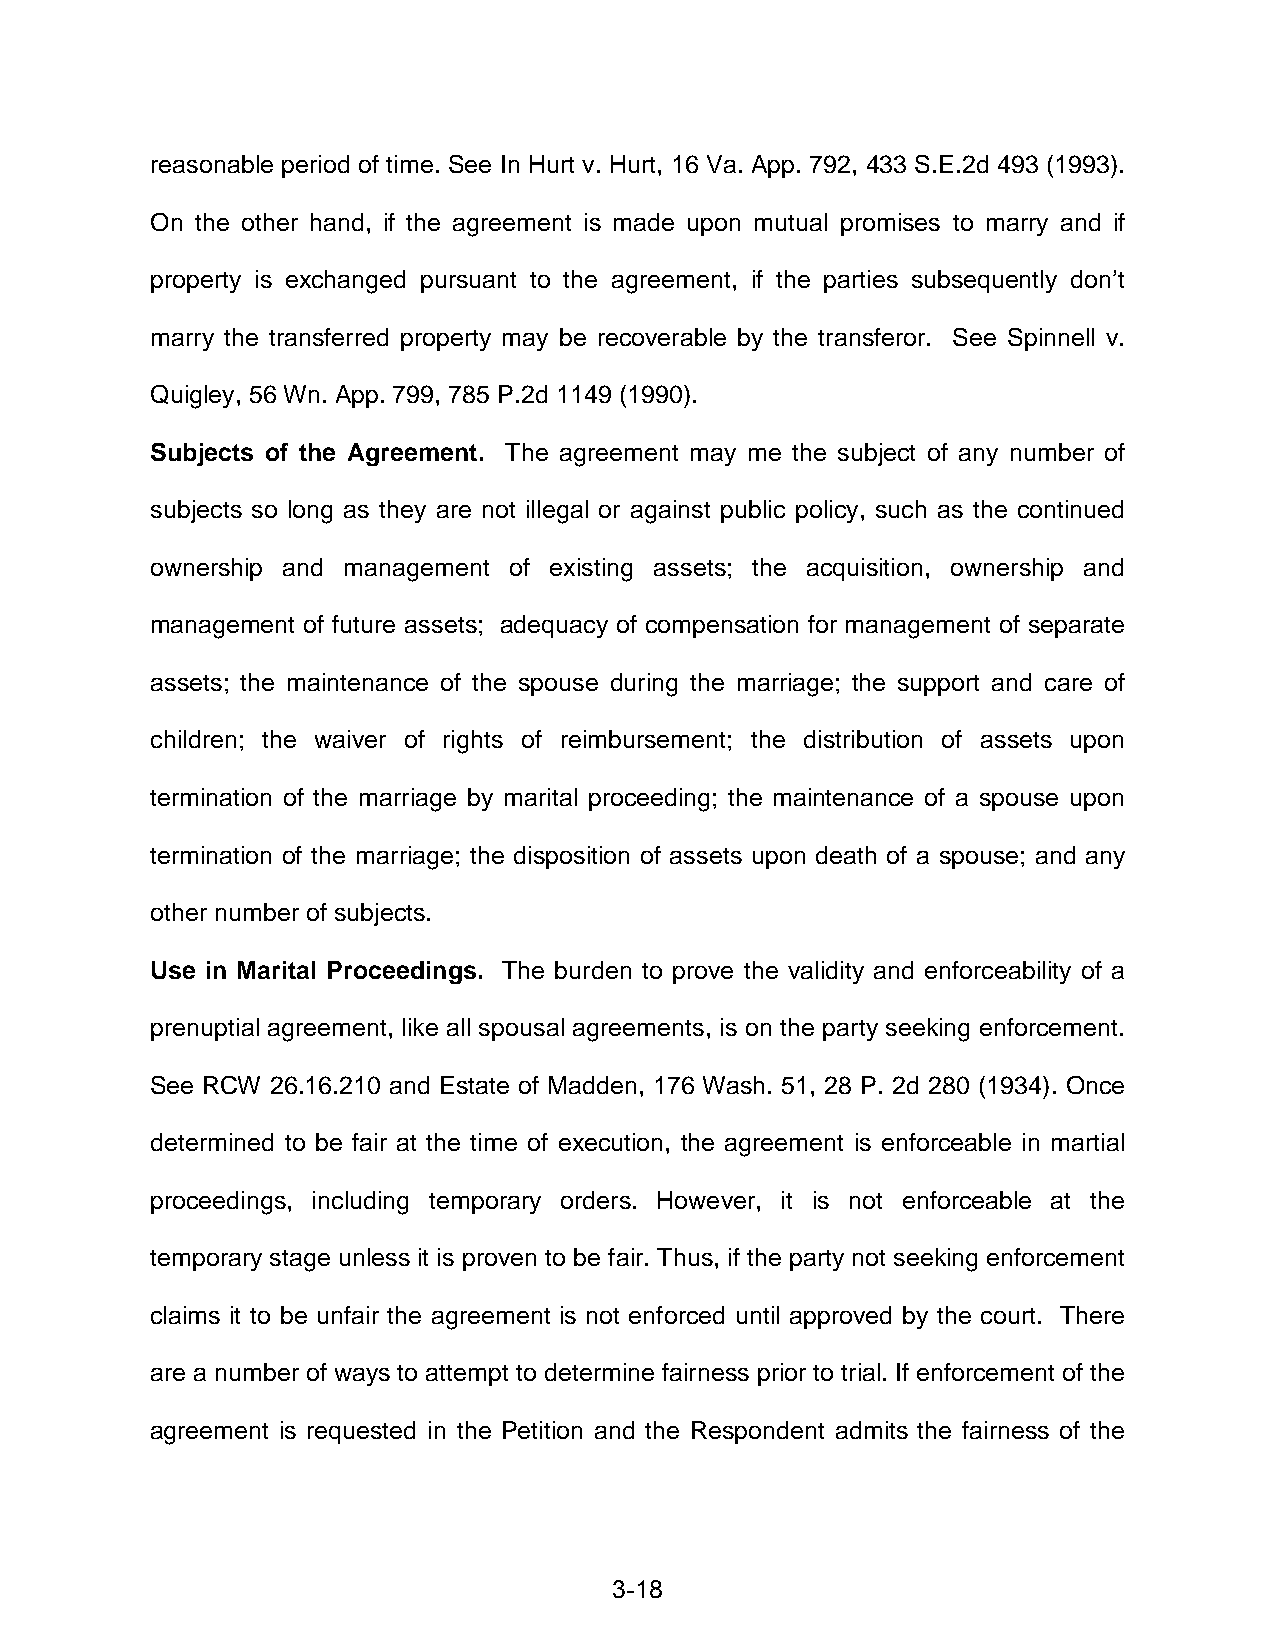
reasonable period of time. See In Hurt v. Hurt, 16 Va. App. 792, 433 S.E.2d 493 (1993).
 On the other hand, if the agreement is made upon mutual promises to marry and if
 property is exchanged pursuant to the agreement, if the parties subsequently don’t
 marry the transferred property may be recoverable by the transferor. See Spinnell v.
 Quigley, 56 Wn. App. 799, 785 P.2d 1149 (1990).
 Subjects of the Agreement. The agreement may me the subject of any number of
 subjects so long as they are not illegal or against public policy, such as the continued
 ownership and management of existing assets; the acquisition, ownership and
 management of future assets; adequacy of compensation for management of separate
 assets; the maintenance of the spouse during the marriage; the support and care of
 children; the waiver of rights of reimbursement; the distribution of assets upon
 termination of the marriage by marital proceeding; the maintenance of a spouse upon
 termination of the marriage; the disposition of assets upon death of a spouse; and any
 other number of subjects.
 Use in Marital Proceedings. The burden to prove the validity and enforceability of a
 prenuptial agreement, like all spousal agreements, is on the party seeking enforcement.
 See RCW 26.16.210 and Estate of Madden, 176 Wash. 51, 28 P. 2d 280 (1934). Once
 determined to be fair at the time of execution, the agreement is enforceable in martial
 proceedings, including temporary orders. However, it is not enforceable at the
 temporary stage unless it is proven to be fair. Thus, if the party not seeking enforcement
 claims it to be unfair the agreement is not enforced until approved by the court. There
 are a number of ways to attempt to determine fairness prior to trial. If enforcement of the
 agreement is requested in the Petition and the Respondent admits the fairness of the
 3-18